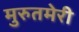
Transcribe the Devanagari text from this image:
मुरुतमेरी